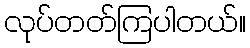
လုပ်တတ်ကြပါတယ်။